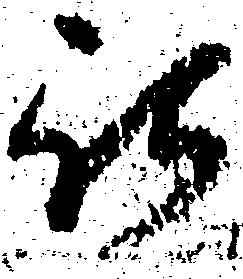
被